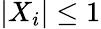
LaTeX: |X_{i}|\leq 1